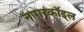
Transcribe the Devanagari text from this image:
नागरकॉइल